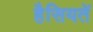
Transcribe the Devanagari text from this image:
हैसियतें